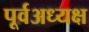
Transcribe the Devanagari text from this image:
पूर्वअध्यक्ष